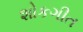
શોકગીત